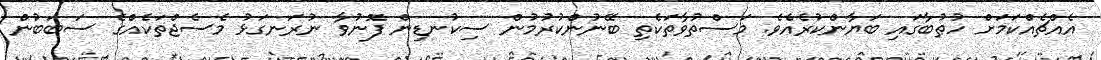
އެއްޗެއްކަމަށް ހުޠުބާގައި ބަޔާންކުރެއެވެ. މަސްތުވާތަކެތި ބޭނުންކުރުމުން ސިކުނޑިން ފޮނުވާ ނުރަނގަޅު މެސެޖްތަކެއްގެ ސަބަބުން